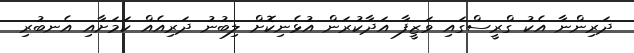
ދަރިންނާ އެކު ގްރީސްގައި ވަޒީފާ އަދާކުރަން އުޅެނިކޮށް ލިބުނު ދަރިއެއް ކަމަށާއި އެނބުރި